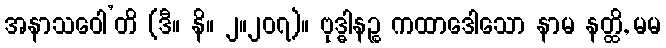
အနာသဝေါ’တိ (ဒီ။ နိ။ ၂။၂၀၇)။ ဗုဒ္ဓါနဉ္စ ကထာဒေါသော နာမ နတ္ထိ, မမ